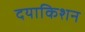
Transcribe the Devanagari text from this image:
दयाकिशन